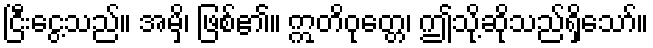
ငြီးငွေ့သည်။ အမှိ၊ ဖြစ်၏။ ဣတိဝုတ္တေ၊ ဤသို့ဆိုသည်ရှိသော်။